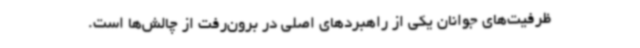
ظرفیت‌های جوانان یکی از راهبردهای اصلی در برون‌رفت از چالش‌ها است.